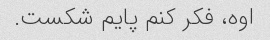
اوه، فکر کنم پایم شکست.